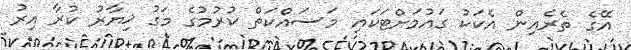
އޭގެ ތެރެއިން އެކަކު ގައުމަށްޓަކައި މަސައްކަތް ކުރުމުގެ މަގު ޚިޔާރު ކުރާ އިރު